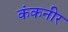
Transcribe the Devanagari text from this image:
कंकनीर